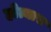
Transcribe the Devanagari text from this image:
होत्यास